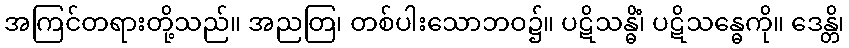
အကြင်တရားတို့သည်။ အညတြ၊ တစ်ပါးသောဘဝ၌။ ပဋိသန္ဓိံ၊ ပဋိသန္ဓေကို။ ဒေန္တိ၊